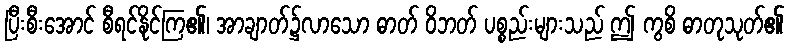
ပြီးစီးအောင် စီရင်နိုင်ကြ၏၊ အာချာတ်၌လာသော ဓာတ် ဝိဘတ် ပစ္စည်းများသည် ဤ ကွစိ ဓာတုသုတ်၏